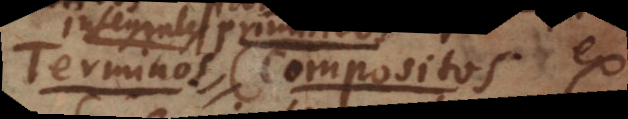
terminum compositum ex